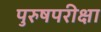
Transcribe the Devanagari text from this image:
पुरुषपरीक्षा